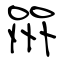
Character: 喌